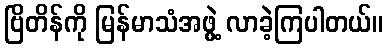
ဗြိတိန်ကို မြန်မာသံအဖွဲ့ လာခဲ့ကြပါတယ်။